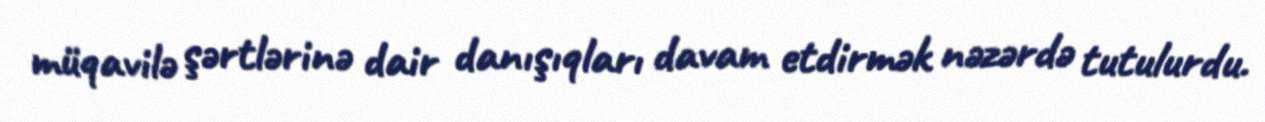
müqavilə şərtlərinə dair danışıqları davam etdirmək nəzərdə tutulurdu.